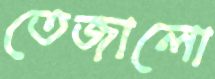
তেজালো